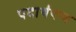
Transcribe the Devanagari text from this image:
पदार्थपण